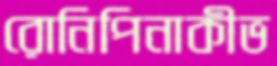
রোনিপিনাকীভ